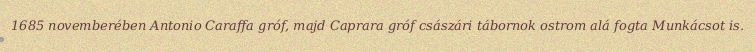
1685 novemberében Antonio Caraffa gróf, majd Caprara gróf császári tábornok ostrom alá fogta Munkácsot is.